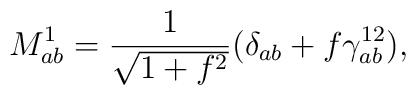
M^1_{ab} = \frac{1}{\sqrt{1+f^2}}(\delta_{ab}+ f\gamma^{12}_{ab}),